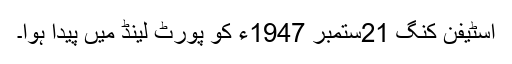
اسٹیفن کنگ 21ستمبر 1947ء کو پورٹ لینڈ میں پیدا ہوا۔